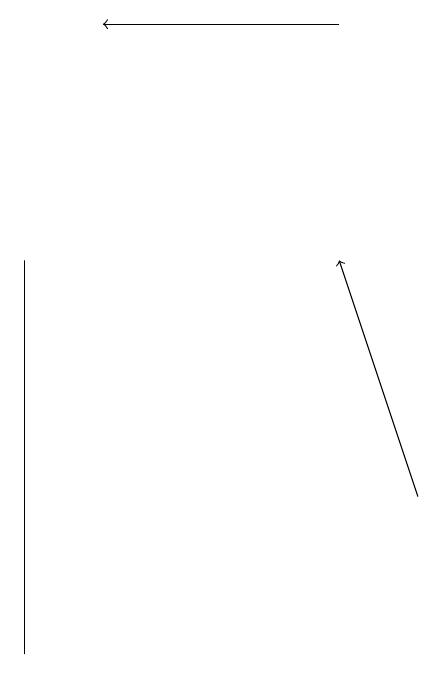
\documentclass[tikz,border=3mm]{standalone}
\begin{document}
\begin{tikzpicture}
\draw[->] (9,12) -- (8,15);
\draw[->] (8,18) -- (5,18);
\draw (4,15) rectangle (4,10);
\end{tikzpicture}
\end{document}